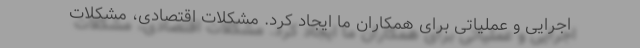
اجرایی و عملیاتی برای همکاران ما ایجاد کرد. مشکلات اقتصادی، مشکلات